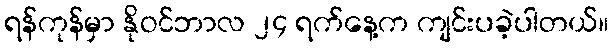
ရန်ကုန်မှာ နိုဝင်ဘာလ ၂၄ ရက်နေ့က ကျင်းပခဲ့ပါတယ်။